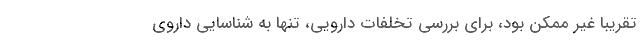
تقریبا غیر ممکن بود، برای بررسی تخلفات دارویی، تنها به شناسایی داروی